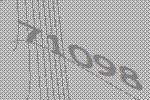
71098